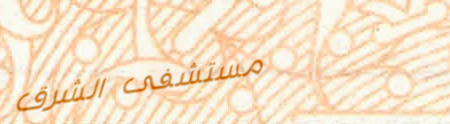
مستشفى الشرق